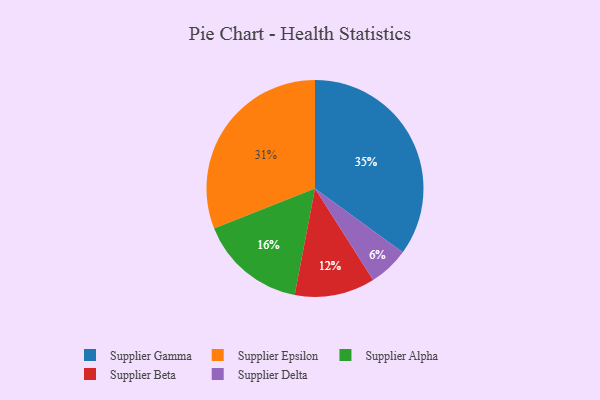
{"axis": {"x": "Category", "y": "Percentage"}, "legend": ["Supplier Alpha", "Supplier Beta", "Supplier Delta", "Supplier Epsilon", "Supplier Gamma"], "data": [{"x": "Supplier Epsilon", "y": 31, "type": "Supplier Epsilon"}, {"x": "Supplier Alpha", "y": 16, "type": "Supplier Alpha"}, {"x": "Supplier Delta", "y": 6, "type": "Supplier Delta"}, {"x": "Supplier Gamma", "y": 35, "type": "Supplier Gamma"}, {"x": "Supplier Beta", "y": 12, "type": "Supplier Beta"}]}